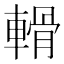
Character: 𨍾